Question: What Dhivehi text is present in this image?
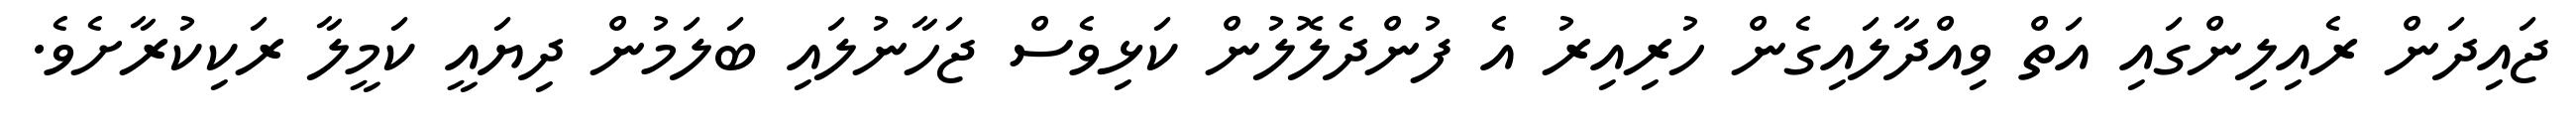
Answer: ޖައިދަން ރެއިލިންގައި އަތް ވިއްދާލައިގެން ހުރިއިރު އެ ފުންދެލޮލުން ކަޅިވެސް ޖަހާނުލައި ބަލަމުން ދިޔައީ ކަމީލާ ރަކިކުރާށެވެ.